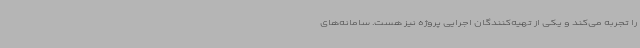
را تجربه می‌کند و یکی از تهیه‌کنندگان اجرایی پروژه نیز هست. سامانه‌های